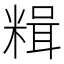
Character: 𫃇